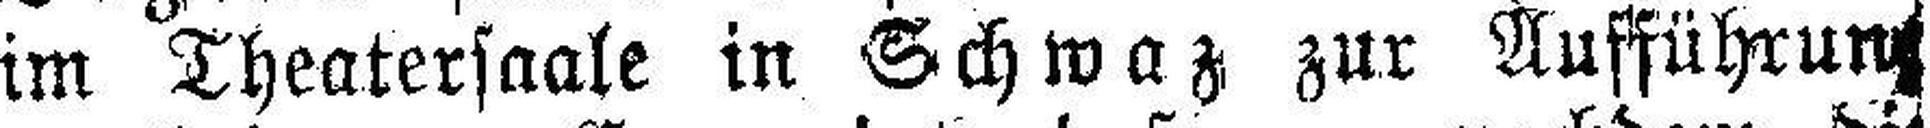
im Theatersaale in Schwaz zur Aufführung